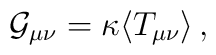
{\cal G}_{\mu\nu}=\kappa\langle T_{\mu\nu}\rangle\,,